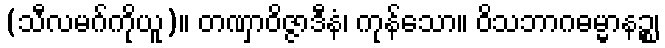
(သီလမဂ်ကိုယူ)။ တဏှာဝိဇ္ဇာဒီနံ၊ ကုန်သော။ ဝိသဘာဂဓမ္မာနဉ္စ၊